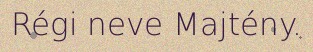
Régi neve Majtény.